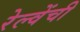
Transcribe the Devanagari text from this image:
रेल्वेंची